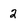
Character: 2